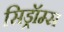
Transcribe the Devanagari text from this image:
सिड्रॉम्स